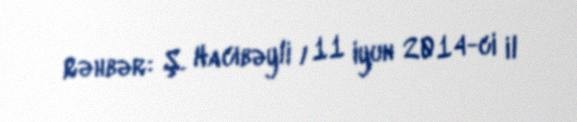
Rəhbər: Ş. Hacıbəyli / 11 iyun 2014-ci il